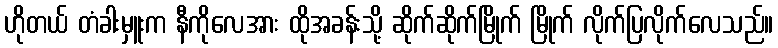
ဟိုတယ် တံခါးမှူးက နီကိုလေအား ထိုအခန်းသို့ ဆိုက်ဆိုက်မြိုက် မြိုက် လိုက်ပြလိုက်လေသည်။